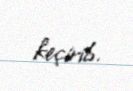
keçirib.